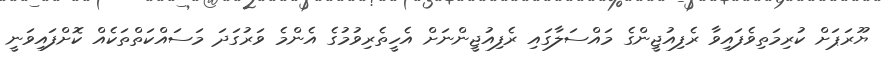
ޔޫރަޕަށް ކުރިމަތިވެފައިވާ ރެފިއުޖީންގެ މައްސަލާގައި ރެފިއުޖީންނަށް އެހީތެރިވުމުގެ އެންމެ ވަރުގަދަ މަސައްކަތްތަކެއް ކޮށްފައިވަނީ